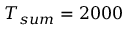
T _ { s u m } = 2 0 0 0